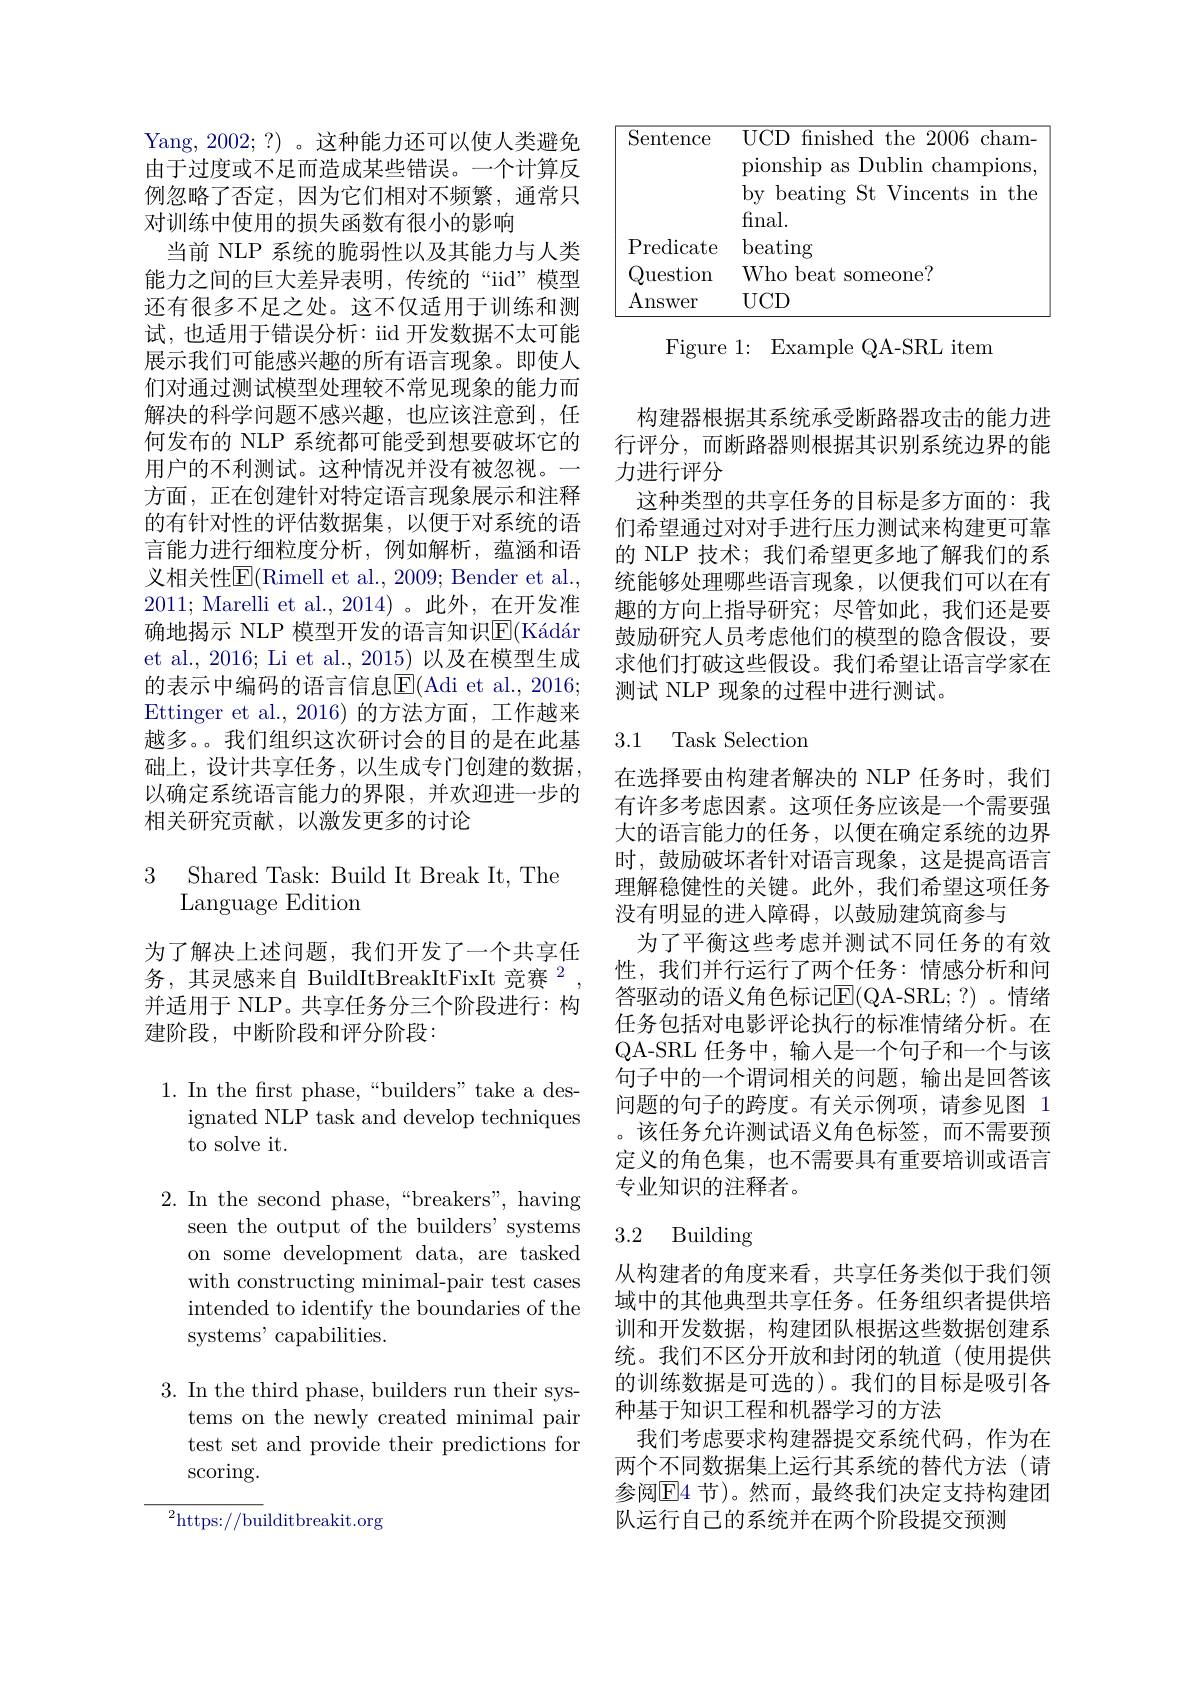
Yang, 2002;?) 。这种能力还可以使人类避免由于过度或不足而造成某些错误。一个计算反例忽略了否定，因为它们相对不频繁，通常只对训练中使用的损失函数有很小的影响
当前 NLP 系统的脆弱性以及其能力与人类能力之间的巨大差异表明，传统的“iid”模型还有很多不足之处。这不仅适用于训练和测试，也适用于错误分析：iid 开发数据不太可能展示我们可能感兴趣的所有语言现象。即使人们对通过测试模型处理较不常见现象的能力而解决的科学问题不感兴趣，也应该注意到，任何发布的 NLP 系统都可能受到想要破坏它的用户的不利测试。这种情况并没有被忽视。一方面，正在创建针对特定语言现象展示和注释的有针对性的评估数据集，以便于对系统的语言能力进行细粒度分析，例如解析，蕴涵和语义相关性$\overline{\mathrm{E}}($Rimell et al., 2009; Bender et al., 2011; Marelli et al., 2014)。此外，在开发准确地揭示 NLP 模型开发的语言知识$\overline {\mathrm{E} }( \text{K\' {a}d\' {a}r}$ et al., 2016; Li et al., 2015) 以及在模型生成的表示中编码的语言信息$\overline{\mathrm{E}}($Adi et al., 2016; Ettinger et al.,2016)的方法方面，工作越来越多。我们组织这次研讨会的目的是在此基础上，设计共享任务，以生成专门创建的数据， 以确定系统语言能力的界限，并欢迎进一步的相关研究贡献，以激发更多的讨论

3 Shared Task: Build It Break It, The
## Language Edition

为了解决上述问题，我们开发了一个共享任务，其灵感来自 BuildItBreakItFixIt 竞赛$^2$, 并适用于 NLP。共享任务分三个阶段进行：构建阶段，中断阶段和评分阶段：

1. In the first phase,“builders”take a des-
ignated NLP task and develop techniques
to solve it.

2. In the second phase,“breakers", having
seen the output of the builders' systems on some development data, are tasked with constructing minimal-pair test cases intended to identify the boundaries of the systems' capabilities.

3. In the third phase, builders run their sys-
tems on the newly created minimal pair test set and provide their predictions for scoring.

$^{2}$https://builditbreakit.org

<table>
	<tbody>
		<tr>
			<td>$\operatorname{Sentence}$</td>
			<td>$UCD$ finished the 2006 cham</td>
		</tr>
		<tr>
			<td>Predicate</td>
			<td>beating</td>
		</tr>
		<tr>
			<td>Question</td>
			<td>Who beat s someone?</td>
		</tr>
		<tr>
			<td>Answer</td>
			<td>$UCD$</td>
		</tr>
	</tbody>
</table>

Figure 1: Example QA-SRL item

构建器根据其系统承受断路器攻击的能力进行评分，而断路器则根据其识别系统边界的能力进行评分
这种类型的共享任务的目标是多方面的：我们希望通过对对手进行压力测试来构建更可靠的 NLP 技术；我们希望更多地了解我们的系统能够处理哪些语言现象，以便我们可以在有趣的方向上指导研究；尽管如此，我们还是要鼓励研究人员考虑他们的模型的隐含假设，要求他们打破这些假设。我们希望让语言学家在测试 NLP 现象的过程中进行测试。

## 3.1 Task Selection

在选择要由构建者解决的 NLP 任务时，我们有许多考虑因素。这项任务应该是一个需要强大的语言能力的任务，以便在确定系统的边界时，鼓励破坏者针对语言现象，这是提高语言理解稳健性的关键。此外，我们希望这项任务没有明显的进入障碍，以鼓励建筑商参与
为了平衡这些考虑并测试不同任务的有效性，我们并行运行了两个任务：情感分析和问答驱动的语义角色标记E$( QA- SRL; ? )$ 。情绪任务包括对电影评论执行的标准情绪分析。在QA-SRL 任务中，输入是一个句子和一个与该句子中的一个谓词相关的问题，输出是回答该问题的句子的跨度。有关示例项，请参见图 1 。该任务允许测试语义角色标签，而不需要预定义的角色集，也不需要具有重要培训或语言专业知识的注释者。

## 3.2 Building

从构建者的角度来看，共享任务类似于我们领域中的其他典型共享任务。任务组织者提供培训和开发数据，构建团队根据这些数据创建系统。我们不区分开放和封闭的轨道(使用提供的训练数据是可选的)。我们的目标是吸引各种基于知识工程和机器学习的方法
我们考虑要求构建器提交系统代码，作为在两个不同数据集上运行其系统的替代方法(请参阅$\mathbb{E}$4 节)。然而，最终我们决定支持构建团队运行自己的系统并在两个阶段提交预测